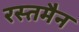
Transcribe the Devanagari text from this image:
रस्तमैन